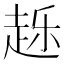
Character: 𰷴